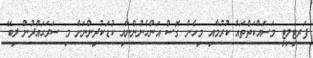
ފަރޓިލިޓީ މަސައްކަތްތައް ކުރުމާއި މިހެން ގޮސް އަންހެނުންނާއި ކުޑަކުދިންނަށް މި ސަރަޙައްދުން ލިބޭ